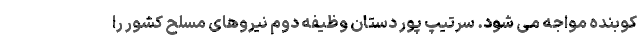
کوبنده مواجه می شود. سرتیپ پور دستان وظیفه دوم نیروهای مسلح کشور را